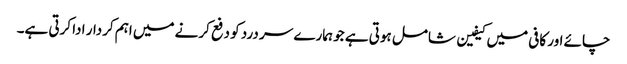
چائے اور کافی میں کیفین شامل ہوتی ہے جو ہمارے سر درد کو دفع کرنے میں اہم کردار ادا کرتی ہے۔